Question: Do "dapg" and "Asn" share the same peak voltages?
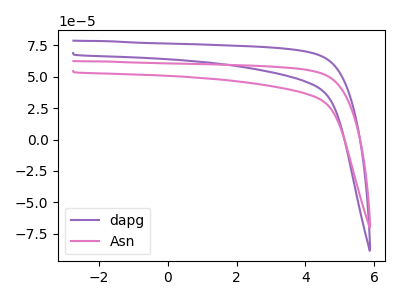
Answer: <think>The purple curve "dapg" has no peaks. The pink curve "Asn" has no peaks.</think>
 <answer>Niether CV has any peaks.</answer>
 <eval>blanks</eval>